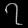
Digit: ၇